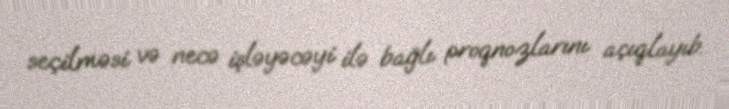
seçilməsi və necə işləyəcəyi ilə bağlı proqnozlarını açıqlayıb.